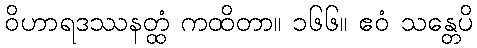
ဝိဟာရဒဿနတ္ထံ ကထိတာ။ ၁၆၆။ ဧဝံ သန္တေပိ